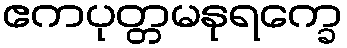
ဧကပုတ္တမနုရက္ခေ